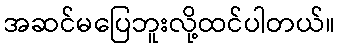
အဆင်မပြေဘူးလို့ထင်ပါတယ်။